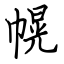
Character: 幌